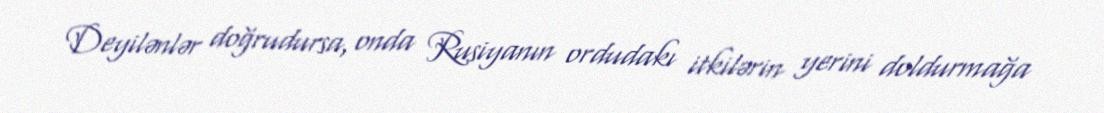
Deyilənlər doğrudursa, onda Rusiyanın ordudakı itkilərin yerini doldurmağa